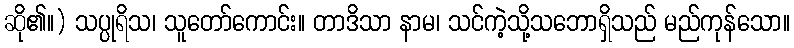
ဆို၏။) သပ္ပုရိသ၊ သူတော်ကောင်း။ တာဒိသာ နာမ၊ သင်ကဲ့သို့သဘောရှိသည် မည်ကုန်သော။